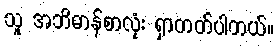
သူ အဘိဓာန်စာလုံး ရှာတတ်ပါတယ်။